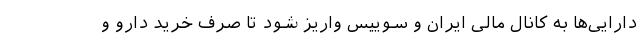
دارایی‌ها به کانال مالی ایران و سوییس واریز شود تا صرف خرید دارو و